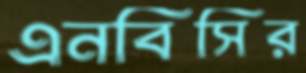
এনবিসির